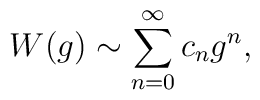
W(g)\sim\sum_{n=0}^\infty c_ng^n,